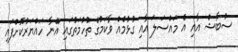
ސުބާޝް އާއި އެ މައްސަލަ އާއި ގުޅުމެއް ވާކަމުގެ ތުހުމަތުގައި އޭނާ ހައްޔަރުކޮށްފައި